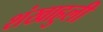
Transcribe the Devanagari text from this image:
शंखाहुली